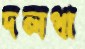
দলধা